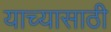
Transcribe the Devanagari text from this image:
याच्यासाठी